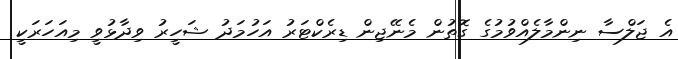
އެ ޖަލްސާ ނިންމާލެއްވުމުގެ ގޮތުން މެނޭޖިން ޑިރެކްޓަރު އަހުމަދު ޝަހީރު ވިދާޅުވީ މިއަހަރަކީ